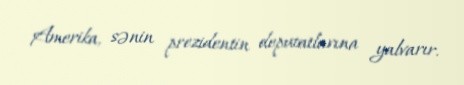
Amerika, sənin prezidentin deputatlarına yalvarır.